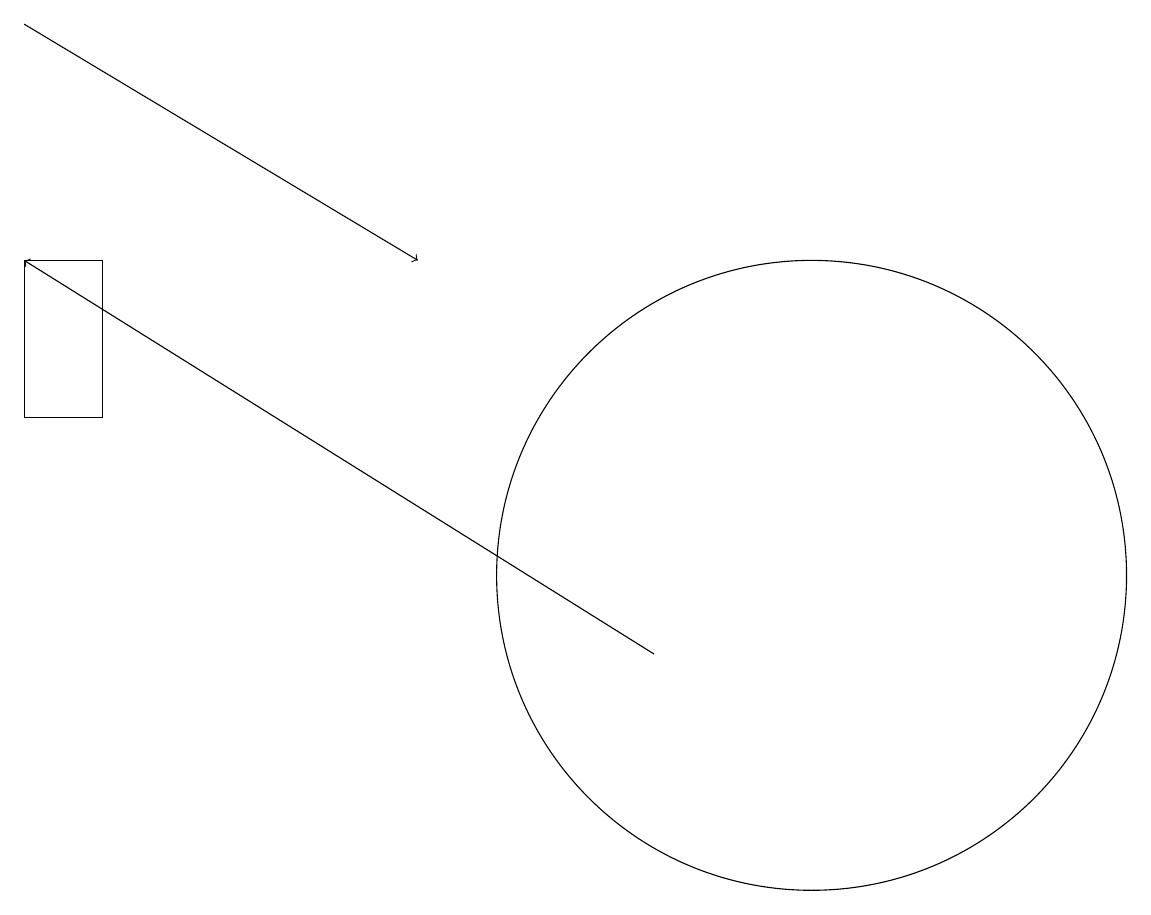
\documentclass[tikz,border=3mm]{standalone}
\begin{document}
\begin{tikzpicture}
\draw[->] (8,11) -- (0,16);
\draw (0,16) rectangle (1,14);
\draw (10,12) circle (4);
\draw[->] (0,19) -- (5,16);
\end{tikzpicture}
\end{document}